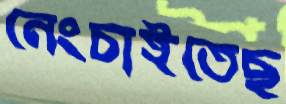
নেংচাইতেছ